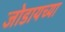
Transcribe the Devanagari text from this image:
जोडायच्या